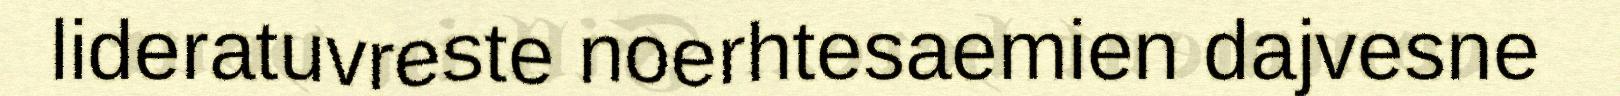
lideratuvreste noerhtesaemien dajvesne